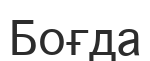
Боғда